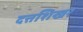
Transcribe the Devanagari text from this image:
दत्तशिखर